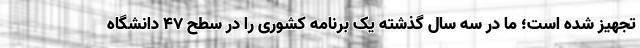
تجهیز شده است؛ ما در سه سال گذشته یک برنامه کشوری را در سطح 47 دانشگاه